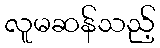
လူမဆန်သည့်